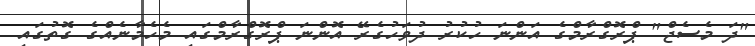
"ދަ މެސެޖް" ޕްރޮގްރާމްގެ އަންނަ ހުކުރު ދުވަހުގެރޭ އޮންނަ ޕްރޮގްރާމްގައި މެހެމާނެއްގެ ގޮތުގައި